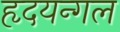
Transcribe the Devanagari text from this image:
हृदयन्गल